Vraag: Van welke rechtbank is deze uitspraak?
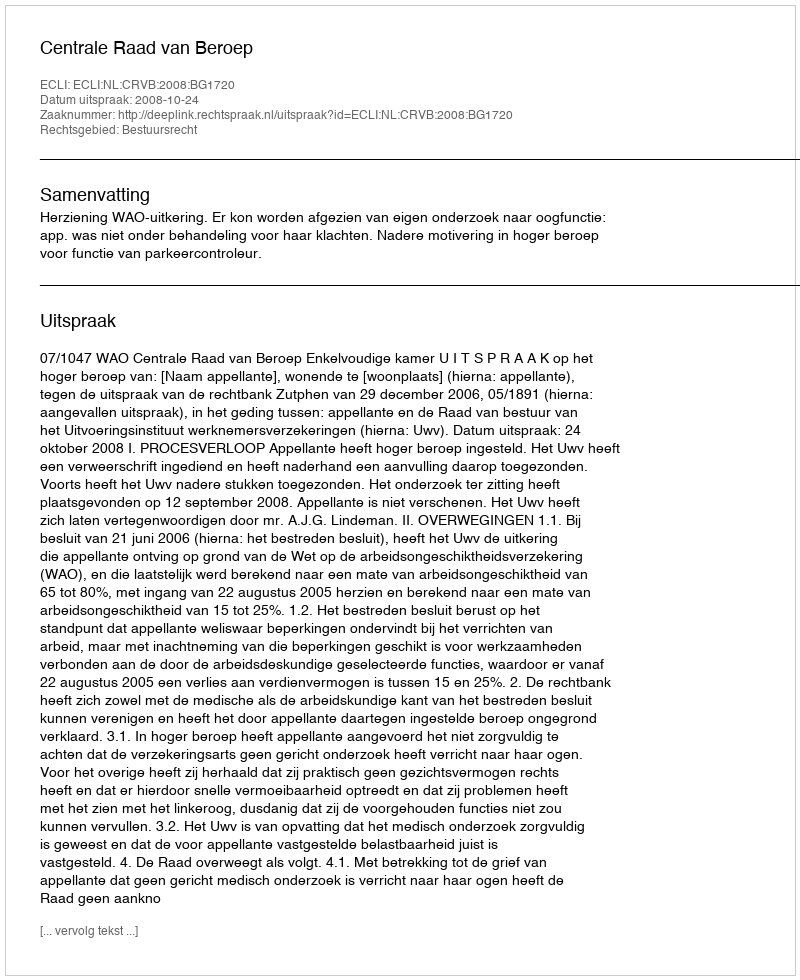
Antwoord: Centrale Raad van Beroep